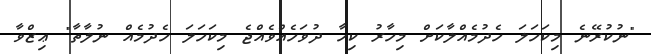
"ނުކުރޭނެ މިކަހަލަ ހެދުމެއްލާކަށް މިހާރު ކިހާ ދުވަހެއްވެއްޖެ މިކަހަލަ ހެދުމެއް ނުލާތާ" ޢިޒްވާ